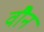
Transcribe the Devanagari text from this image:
वौन